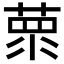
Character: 𦵺